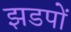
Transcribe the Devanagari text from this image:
झडपों